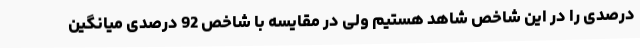
درصدی را در این شاخص شاهد هستیم ولی در مقایسه با شاخص 92 درصدی میانگین